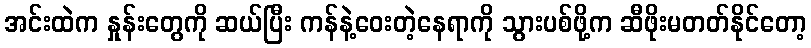
အင်းထဲက နှုန်းတွေကို ဆယ်ပြီး ကန်နဲ့ဝေးတဲ့နေရာကို သွားပစ်ဖို့က ဆီဖိုးမတတ်နိုင်တော့